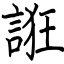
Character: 誑